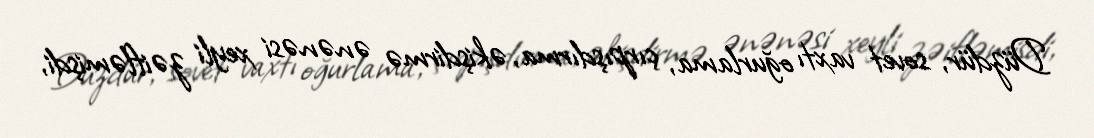
Düzdür, sovet vaxtı oğurlama, çırpışdırma, əkişdirmə ənənəsi xeyli zəifləmişdi,